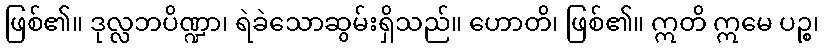
ဖြစ်၏။ ဒုလ္လဘပိဏ္ဍာ၊ ရဲခဲသောဆွမ်းရှိသည်။ ဟောတိ၊ ဖြစ်၏။ ဣတိ ဣမေ ပဉ္စ၊